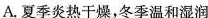
A.夏季炎热干燥，冬季温和湿润